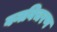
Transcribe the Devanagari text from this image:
वनविचरण